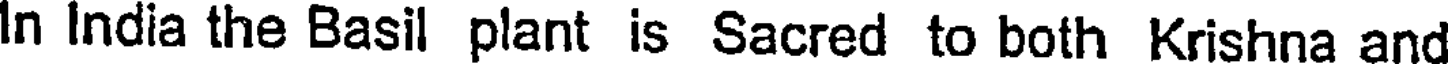
In India the Basil plant is Sacred to both Krishna and